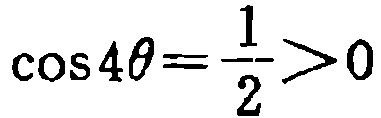
\(\cos 4\theta=\frac{1}{2}>0\)